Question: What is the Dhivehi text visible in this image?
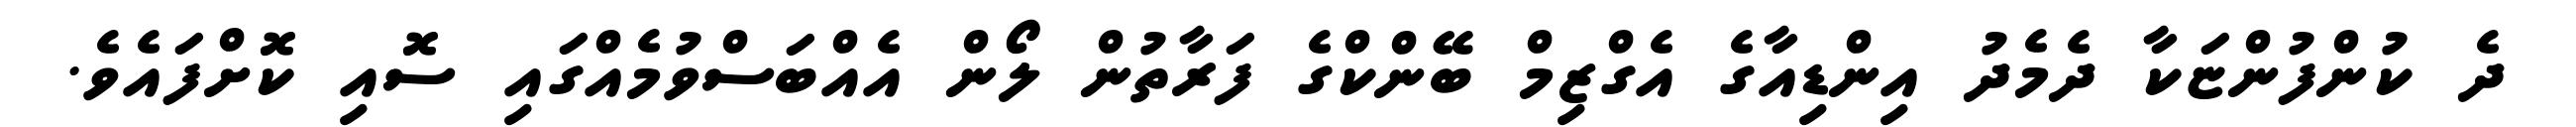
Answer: ދެ ކުންފުންޏަކާ ދެމެދު އިންޑިއާގެ އެގްޒިމް ބޭންކްގެ ފަރާތުން ލޯން އެއްބަސްވުމެއްގައި ސޮއި ކޮށްފައެވެ.